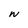
Character: W